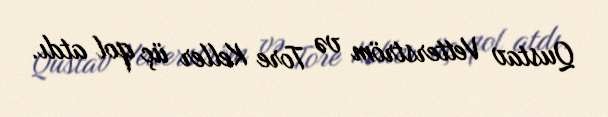
Qustav Vetterström və Tore Keller üç qol atdı.